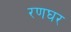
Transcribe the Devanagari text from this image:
रणघर